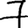
Digit: 7